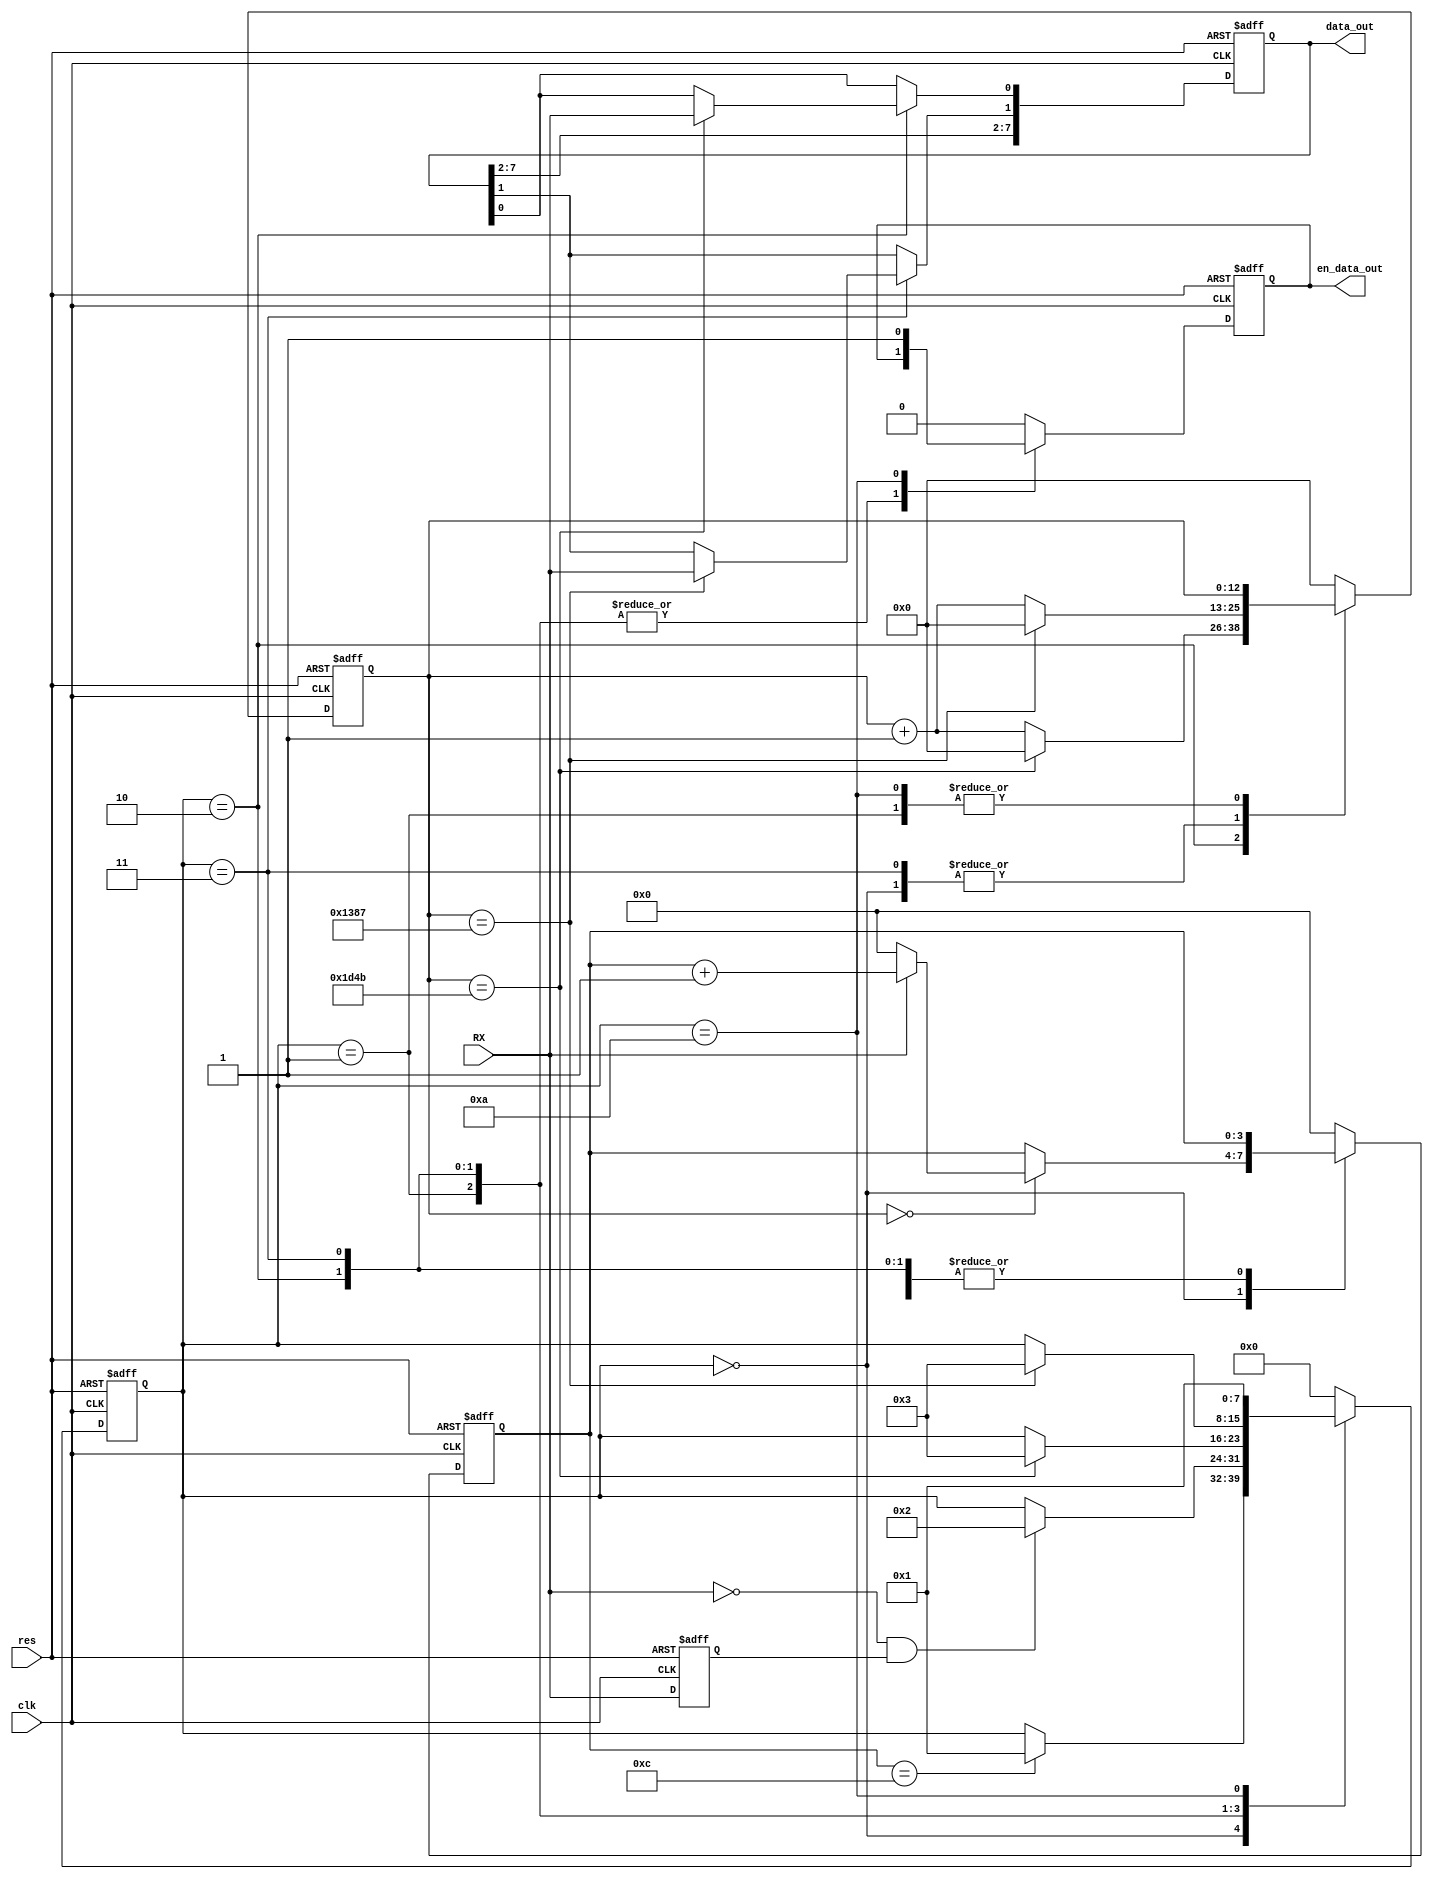
 // 151
 //
`timescale 1ns/10ps

 module UART_RXer (
    clk,
    res,
    RX,
    data_out,
    en_data_out
 );
    input  clk ;
    input  res ;
    input  RX  ;
    output [7:0] data_out;
    output en_data_out ;
    reg[12:0] con;//
    reg[3:0] con_bits;//

    reg[7:0] state;//
    reg[7:0] data_out;
    reg RX_delay;//RX
    reg en_data_out;

 always @(posedge clk or negedge res) begin
    if (~res) begin
        state<=0;con<=0;con_bits<=0;RX_delay<=0;data_out<=0;en_data_out<=0;
    end
    else begin
        RX_delay<=RX;
        case (state)
            0://
            begin
                en_data_out<=0;
                if(con==4999)begin
                    con<=0;
                end else begin
                    con<=con+1;
                end

                if (con==0) begin
                    if (RX) begin
                        con_bits<=con_bits+1;
                    end else begin
                        con_bits<=0;//
                    end
                    
                end

                if (con_bits==12) begin
                    state<=1;
                end
            end 
            1://
            begin
                if (~RX&RX_delay) begin
                    state<=2;
                end
            end
            2://b0
            begin
                if (con==7500-1) begin
                    con<=0;
                    data_out[0]<=RX;
                    state<=3;
                end else begin
                    con<=con+1;
                end
            end
            3:
            begin
                if(con==5000-1) begin
                    con<=0;
                    data_out[1]<=RX;
                    state<=3;
                end else begin
                    con<=con+1;
                end
            end
            //4,5,6,7,8,9
            10://
            begin
                en_data_out<=1;
                state<=1;
            end
            default :
            begin
                state<=0;con<=0;con_bits<=0;en_data_out<=0;
            end
                
        endcase
    end
 end




 endmodule